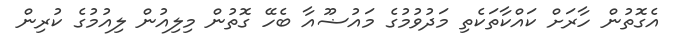
އެގޮތުން ހާރަށް ކައްކާތަކެތި މަދުވުމުގެ މައުޟޫއާ ބެހޭ ގޮތުން މިލިއުން ލިއުމުގެ ކުރިން